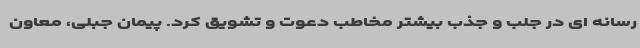
رسانه ای در جلب و جذب بیشتر مخاطب دعوت و تشویق کرد. پیمان جبلی، معاون